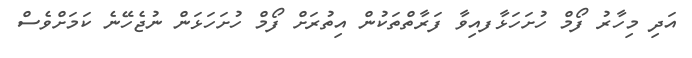
އަދި މިހާރު ފޯމް ހުށަހަޅާފއިވާ ފަރާތްތަކުން އިތުރަށް ފޯމް ހުށަހަޅަން ނުޖެހޭނެ ކަމަށްވެސް